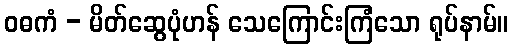
ဝဓကံ - မိတ်ဆွေပုံဟန် သေကြောင်းကြံသော ရုပ်နာမ်။